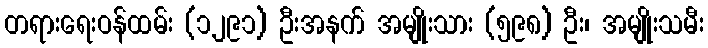
တရားရေးဝန်ထမ်း (၁၂၉၁) ဦးအနက် အမျိုးသား (၅၉၈) ဦး၊ အမျိုးသမီး